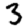
Digit: 3